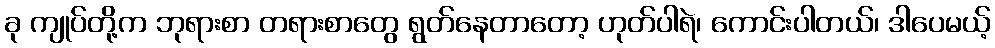
ခု ကျုပ်တို့က ဘုရားစာ တရားစာတွေ ရွတ်နေတာတော့ ဟုတ်ပါရဲ၊ ကောင်းပါတယ်၊ ဒါပေမယ့်